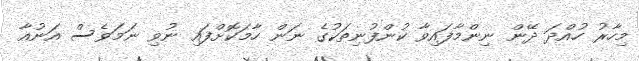
މިހާރު ހުއްދަ ދޭން ނިންމާފައިވާ ކުންފުނިތަކުގެ ނަން ހާމަކޮށްފައި ނުވި ނަމަވެސް އަނުއާ